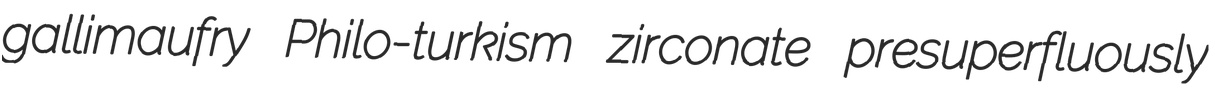
gallimaufry Philo-turkism zirconate presuperfluously